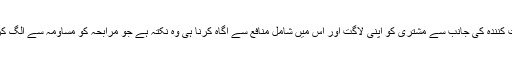
فروخت کنندہ کی جانب سے مشتری کو اپنی لاگت اور اس میں شامل منافع سے آگاہ کرنا ہی وہ نکتہ ہے جو مرابحہ کو مساومہ سے الگ کرتاہے۔